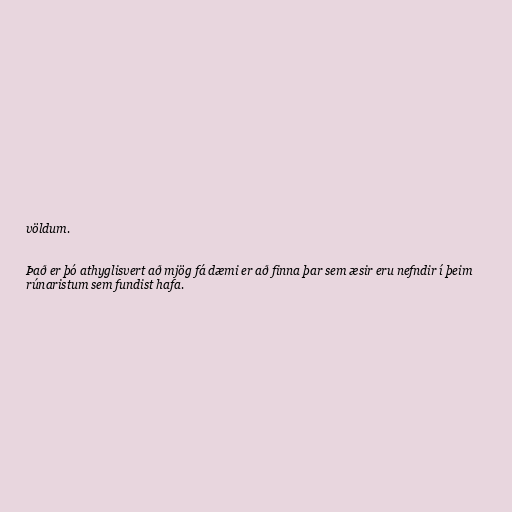
völdum.

Það er þó athyglisvert að mjög fá dæmi er að finna þar sem æsir eru nefndir í þeim
rúnaristum sem fundist hafa.